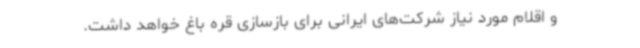
و اقلام مورد نیاز شرکت‌های ایرانی برای بازسازی قره باغ خواهد داشت.